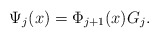
\begin{align*}\Psi_j(x) = \Phi_{j+1}(x) G_j.\end{align*}